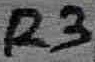
Text: R3